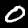
Label: 0